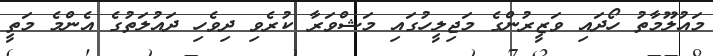
މައުލޫމާތު ހޯދައި ވަޒީރުންގެ މަޖިލީހުގައި މަޝްވަރާ ކުރެވި ދިވެހި ދައުލަތުގެ އެންމެ މަތީ